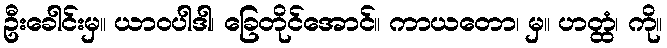
ဦးခေါင်းမှ။ ယာဝပါဒါ၊ ခြေတိုင်အောင်။ ကာယတော၊ မှ။ ဟတ္ထံ၊ ကို။